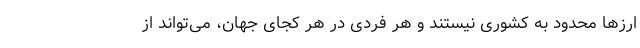
ارزها محدود به کشوری نیستند و هر فردی در هر کجای جهان، می‌تواند از